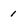
Character: 1